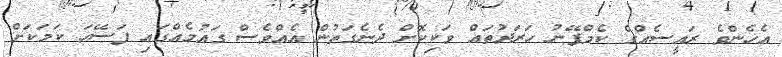
އެހެންވެ ރައީސެއްގެ ކެމްޕޭނު ހަރަދުތައް ވަކިކޮށް ދެނެގަތުން އެއްވެސް ގައުމެއްގައި ފަސޭހަ ކަމަކަށް